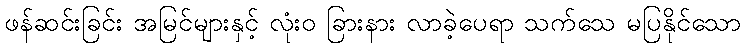
ဖန်ဆင်းခြင်း အမြင်များနှင့် လုံးဝ ခြားနား လာခဲ့ပေရာ သက်သေ မပြနိုင်သော